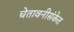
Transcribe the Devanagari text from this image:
चेतावनीसंकेत